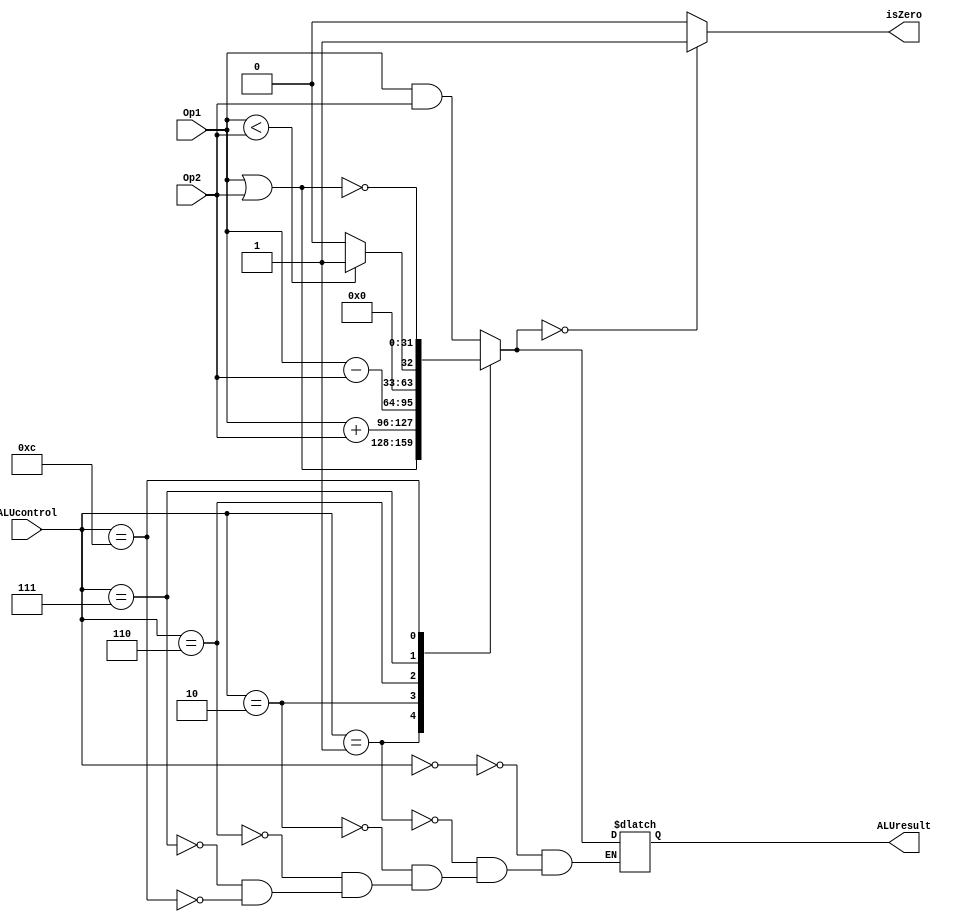
module alu(Op1, Op2, ALUcontrol, ALUresult, isZero);
  input [31:0] Op1, Op2;
  input [3:0] ALUcontrol;
  output reg [31:0] ALUresult;
  output reg isZero;
  always @(*) begin
  case (ALUcontrol)
    4'b0000:
      ALUresult = Op1 & Op2;
    4'b0001: 
      ALUresult = Op1 | Op2;
    4'b0010:
      ALUresult = Op1 + Op2;
    4'b0110:
      ALUresult = Op1 - Op2;
    4'b0111:
      ALUresult = (Op1 < Op2)? 32'h1 : 32'h0;
    4'b1100:
      ALUresult = ~(Op1 | Op2);
      endcase
  isZero = (ALUresult == 0)? 1:0;
  end
endmodule